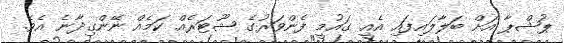
ޕުޝްޕާ އަށް ބަލާލައިފައި އެއީ ގައުމީ ފެންވަރުގެ ޝޫޓަރެއް ކަމެއް ނޭންގިދާނެ އެވެ.